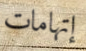
إتهامات